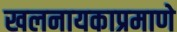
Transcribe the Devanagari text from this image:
खलनायकाप्रमाणे